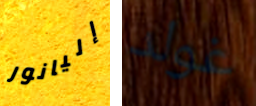
إليانور غولد